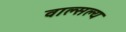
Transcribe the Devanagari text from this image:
वाल्सल्य